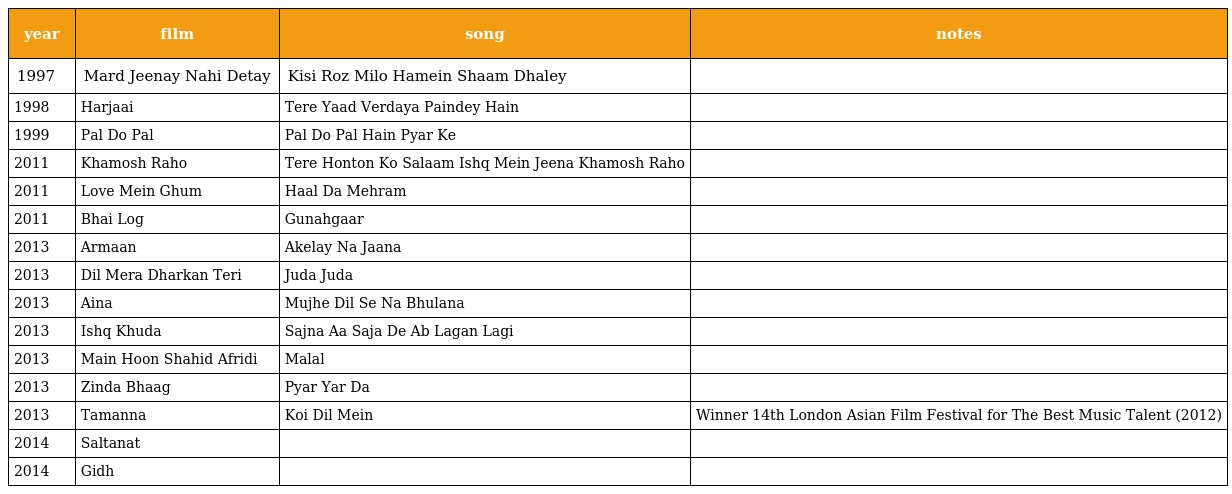
| year | film | song | notes |
 | --- | --- | --- | --- |
 | 1997 | Mard Jeenay Nahi Detay | Kisi Roz Milo Hamein Shaam Dhaley |  |
 | 1998 | Harjaai | Tere Yaad Verdaya Paindey Hain |  |
 | 1999 | Pal Do Pal | Pal Do Pal Hain Pyar Ke |  |
 | 2011 | Khamosh Raho | Tere Honton Ko Salaam Ishq Mein Jeena Khamosh Raho |  |
 | 2011 | Love Mein Ghum | Haal Da Mehram |  |
 | 2011 | Bhai Log | Gunahgaar |  |
 | 2013 | Armaan | Akelay Na Jaana |  |
 | 2013 | Dil Mera Dharkan Teri | Juda Juda |  |
 | 2013 | Aina | Mujhe Dil Se Na Bhulana |  |
 | 2013 | Ishq Khuda | Sajna Aa Saja De Ab Lagan Lagi |  |
 | 2013 | Main Hoon Shahid Afridi | Malal |  |
 | 2013 | Zinda Bhaag | Pyar Yar Da |  |
 | 2013 | Tamanna | Koi Dil Mein | Winner 14th London Asian Film Festival for The Best Music Talent (2012) |
 | 2014 | Saltanat |  |  |
 | 2014 | Gidh |  |  |